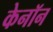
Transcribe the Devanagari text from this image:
केनॉन